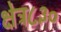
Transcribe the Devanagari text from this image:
क्षेत्र८३०